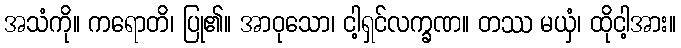
အသံကို။ ကရောတိ၊ ပြု၏။ အာဝုသော၊ ငါ့ရှင်လက္ခဏ။ တဿ မယှံ၊ ထိုငါ့အား။